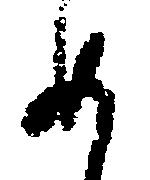
め